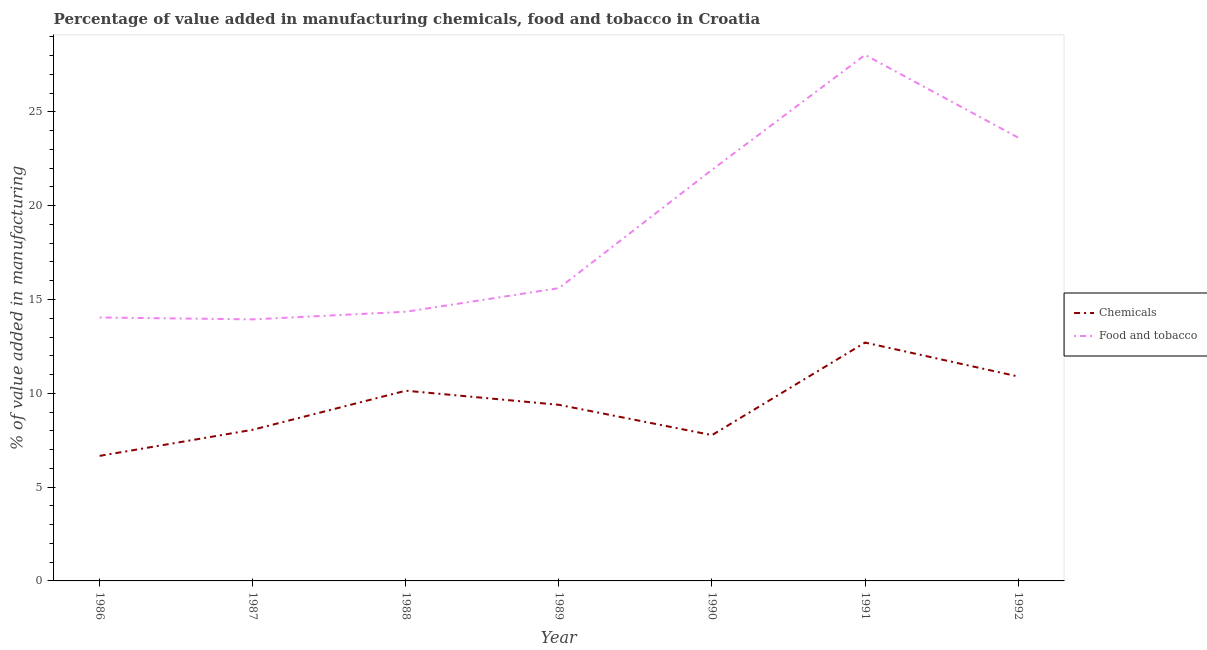
| Year | Chemicals | Food and tobacco |
 | --- | --- | --- |
 | 1986 | 6.67 | 14 |
 | 1987 | 8.06 | 13.9 |
 | 1988 | 10.1 | 14.3 |
 | 1989 | 9.39 | 15.6 |
 | 1990 | 7.77 | 21.9 |
 | 1991 | 12.7 | 28 |
 | 1992 | 10.9 | 23.6 |